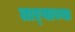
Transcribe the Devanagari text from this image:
ताऱ्‍याच्या